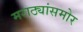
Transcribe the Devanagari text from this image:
मराठ्यांसमोर